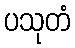
ပသုတံ